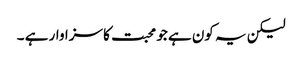
لیکن یہ کون ہے جو محبت کا سزاوار ہے ۔